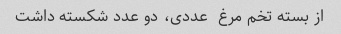
از بسته تخم مرغ  عددی، دو عدد شکسته داشت